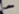
Text: -